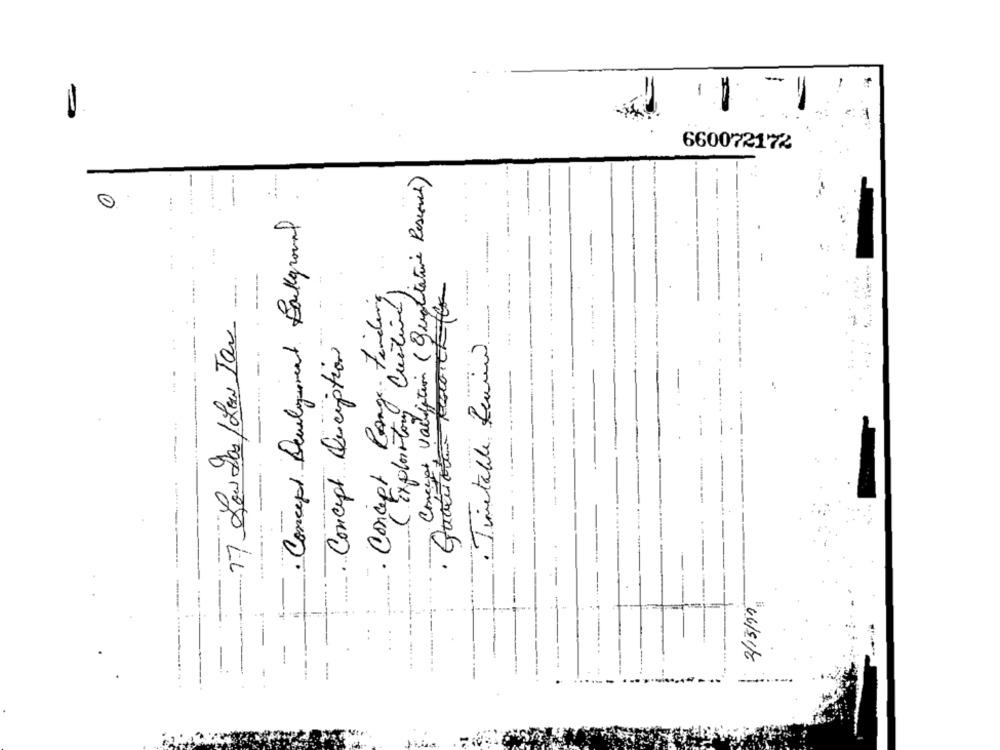
-
660072172
Concept validation (Qualitative Research)
...
Concept Development Background
Concept , Range Finding
Cortina
17 Low Las/Los Tan
Concept Quciption
. Timetable Renin.
-- ...
( Exploratory
---.
-
2/13/11